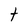
Character: t